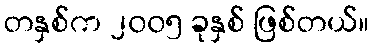
တနှစ်က ၂၀၀၅ ခုနှစ် ဖြစ်တယ်။